Madras plague regulations and rules - Volume 2
Disease focus: Plague
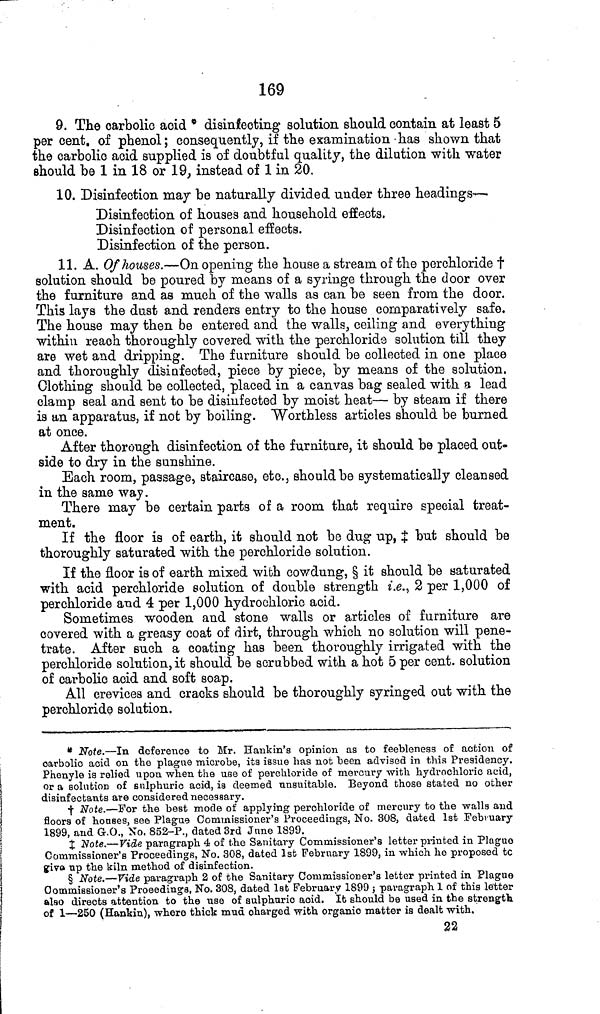
169
9. The carbolic acid * disinfecting solution should contain at least 5
percent, of phenol; consequently, if the examination has shown that
the carbolic acid supplied is of doubtful quality, the dilation with water
should be 1 in 18 or 19, instead of 1 in 20.
10. Disinfection may be naturally divided under three headings—
Disinfection of houses and household effects.
Disinfection of personal effects.
Disinfection of the person.
11. A. Of houses.—On opening the house a stream of the perchloride †
solution should be poured by means of a syringe through the door over
the furniture and as much of the walls as can be seen from the door.
This lays the dust and renders entry to the house comparatively safe.
The house may then be entered and the walls, ceiling and everything
within reach thoroughly covered with the perchloride solution till they
are wet and dripping. The furniture should be collected in one place
and thoroughly disinfected, piece by piece, by means of the solution.
Clothing should be collected, placed in a canvas bag sealed with a lead
clamp seal and sent to be disinfected by moist heat— by steam if there
is an apparatus, if not by boiling. Worthless articles should be burned
at once.
After thorough disinfection of the furniture, it should be placed out-
side to dry in the sunshine.
Each room, passage, staircase, etc., should be systematically cleansed
in the same way.
There may be certain parts of a room that require special treat-
ment.
If the floor is of earth, it should not be dug up, ‡ but should be
thoroughly saturated with the perchloride solution.
If the floor is of earth mixed with cowdung, § it should be saturated
with acid perchloride solution of double strength i.e., 2 per 1,000 of
perchloride and 4 per 1,000 hydrochloric acid.
Sometimes wooden and stone walls or articles of furniture are
covered with a greasy coat of dirt, through which no solution will pene-
trate. After such a coating has been thoroughly irrigated with the
perchloride solution, it should be scrubbed with a hot 5 per cent. solution
of carbolic acid and soft soap.
All crevices and cracks should be thoroughly syringed out with the
perchloride solution.
* Note.—In deference to Mr. Hankin's opinion as to feebleness of action of
carbolic acid on the plague microbe, its issue has not been advised in this Presidency.
Phenyle is relied upon when the use of perchloride of mercury with hydrochloric acid,
or a solution of sulphuric acid, is deemed unsuitable. Beyond those stated no other
disinfectants are considered necessary.
† Note.—For the best mode of applying perchloride of mercury to the walls and
floors of houses, see Plague Commissioner's Proceedings, No. 308, dated 1st February
1899, and G.O., No. 852-P., dated 3rd June 1899.
‡ Note.—Vide paragraph 4 of the Sanitary Commissioner's letter printed in Plague
Commissioner's Proceedings, No. 308, dated 1st February 1899, in which he proposed to
give up the kiln method of disinfection.
§ Note.—Vide paragraph 2 of the Sanitary Commissioner's letter printed in Plague
Commissioner's Proeedings, No. 308, dated 1st February 1899 ; paragraph 1 of this letter
also directs attention to the use of sulphuric acid. It should be used in the strength
of 1—250 (Hankin), where thick mud charged with organic matter is dealt with,
32